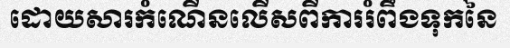
ដោយសារកំណើនលើសពីការរំពឹងទុកនៃ